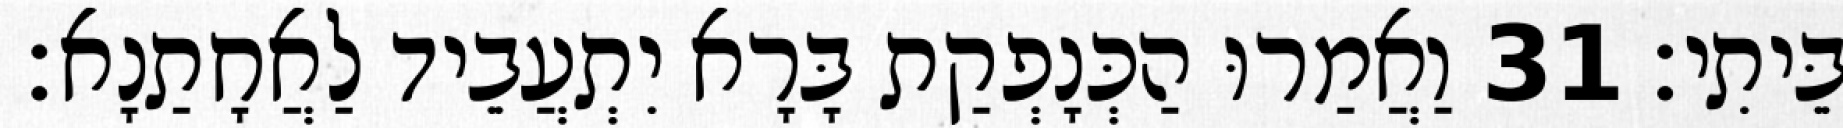
בֵּיתִי׃ 31 וַאֲמַרוּ הַכְּנָפְקַת בָּרָא יִתְעֲבֵיד לַאֲחָתַנָא׃